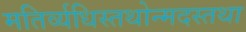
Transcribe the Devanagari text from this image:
मतिर्व्यधिस्तथोन्मदस्तथा